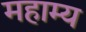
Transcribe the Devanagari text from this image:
महाम्य